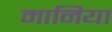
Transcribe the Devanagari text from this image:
मानिया